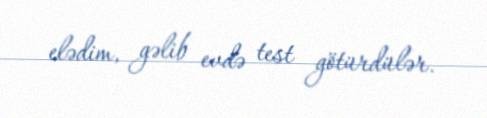
elədim, gəlib evdə test götürdülər.